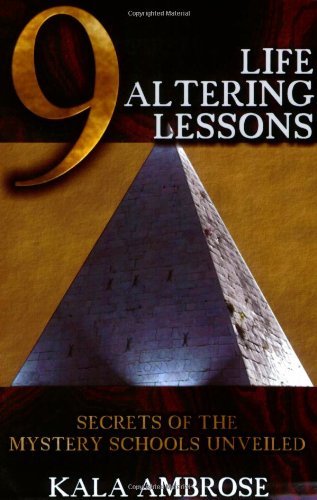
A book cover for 9 Life Altering Lessons: Secrets of the Mystery Schools Unveiled; Kala Ambrose; Religion & Spirituality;